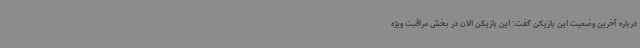
درباره آخرین وضعیت این بازیکن گفت: این بازیکن الان در بخش مراقبت ویژه